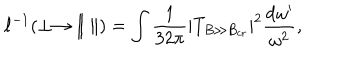
\ell ^ { - 1 } ( \perp \to \| ~ \| ) = \int \frac { 1 } { 3 2 \pi } | T _ { B \gg B _ { \mathrm { c r } } } | ^ { 2 } \frac { \mathrm { d } \omega ^ { \prime } } { \omega ^ { 2 } } ,